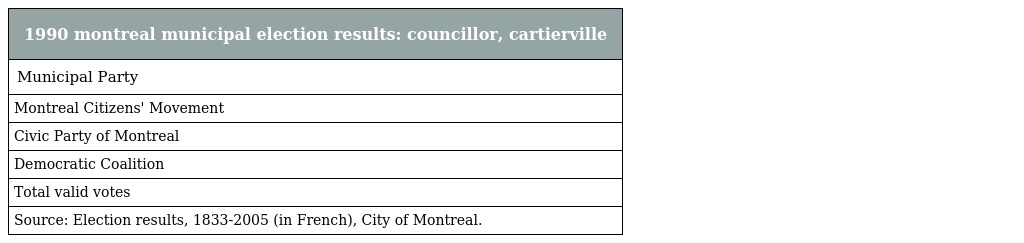
| 1990 montreal municipal election results: councillor, cartierville |
 | --- |
 | Municipal Party |
 | Montreal Citizens' Movement |
 | Civic Party of Montreal |
 | Democratic Coalition |
 | Total valid votes |
 | Source: Election results, 1833-2005 (in French), City of Montreal. |